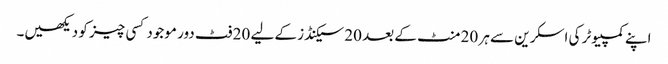
اپنے کمپیوٹر کی اسکرین سے ہر 20 منٹ کے بعد 20 سیکنڈز کے لیے 20 فٹ دور موجود کسی چیز کو دیکھیں۔